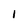
Character: I